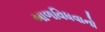
બાળવિધવાનો